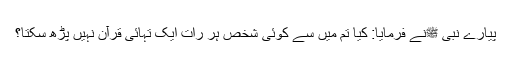
پیارے نبی ﷺنے فرمایا: کیا تم میں سے کوئی شخص ہر رات ایک تہائی قرآن نہیں پڑھ سکتا؟